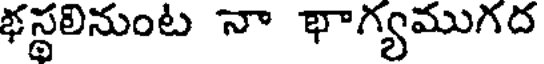
భస్థలినుంట నా భాగ్యముగద